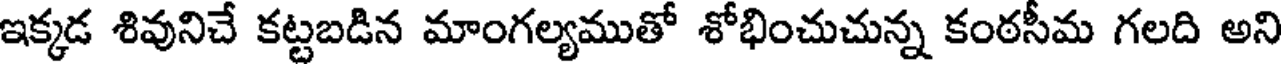
ఇక్కడ శివునిచే కట్టబడిన మాంగల్యముతో శోభించుచున్న కంఠసీమ గలది అని